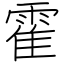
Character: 霍